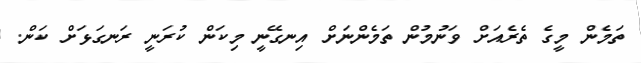
ތަމެން މީގެ ތެރެއަށް ވަނުމުން ތަމެންނަށް އިނގޭނީ މިކަން ކުރަނީ ރަނގަޅަށް ކަން.